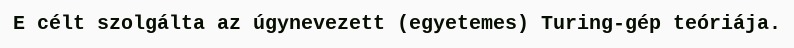
E célt szolgálta az úgynevezett (egyetemes) Turing-gép teóriája.